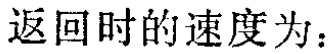
返回时的速度为：